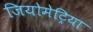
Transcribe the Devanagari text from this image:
जियोमेट्रिया